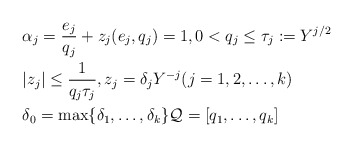
\begin{align*}&\alpha_j = \frac{e_j}{q_j} + z_j (e_j, q_j) =1, 0 < q_j \leq \tau_j := Y^{j/2} \\&|z_j| \leq \frac{1}{q_j \tau_j}, z_j = \delta_j Y^{-j} (j=1,2, \dots, k)\\&\delta_0 = \max \{ \delta_1, \dots , \delta_k \} \mathcal{Q}=[ q_1,\dots , q_k ]\end{align*}